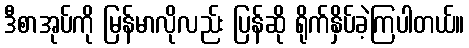
ဒီစာအုပ်ကို မြန်မာလိုလည်း ပြန်ဆို ရိုက်နှိပ်ခဲ့ကြပါတယ်။